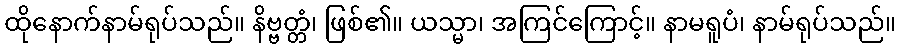
ထိုနောက်နာမ်ရုပ်သည်။ နိဗ္ဗတ္တံ၊ ဖြစ်၏။ ယသ္မာ၊ အကြင်ကြောင့်။ နာမရူပံ၊ နာမ်ရုပ်သည်။